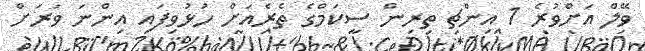
ވޭލް އަށްވުރެ 1 އިންޗި ތިރިން ސީކަމްގެ ތެރެއަށް ހުޅުވިފައި އިންނަ ވަރަށް